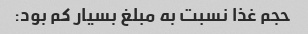
حجم غذا نسبت به مبلغ بسیار کم بود: